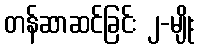
တန်ဆာဆင်ခြင်း ၂-မျိုး